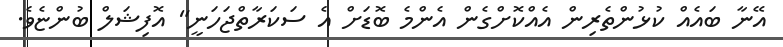
އޭނާ ބައެއް ކުޅުންތެރިން އެއްކޮށްގެން އެންމެ ބޮޑަށް އެ ސަކަރާތްޖަހަނީ" އޮފިޝަލް ބުންޏެވެ.